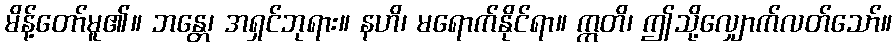
မိန့်တော်မူ၏။ ဘန္တေ၊ အရှင်ဘုရား။ နဟိ၊ မရောက်နိုင်ရာ။ ဣတိ၊ ဤသို့လျှောက်လတ်သော်။